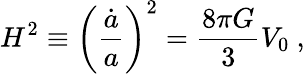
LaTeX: H^{2}\equiv\left(\frac{\dot{a}}{a}\right)^{2}=\frac{8\pi G}{3}V_{0}~,